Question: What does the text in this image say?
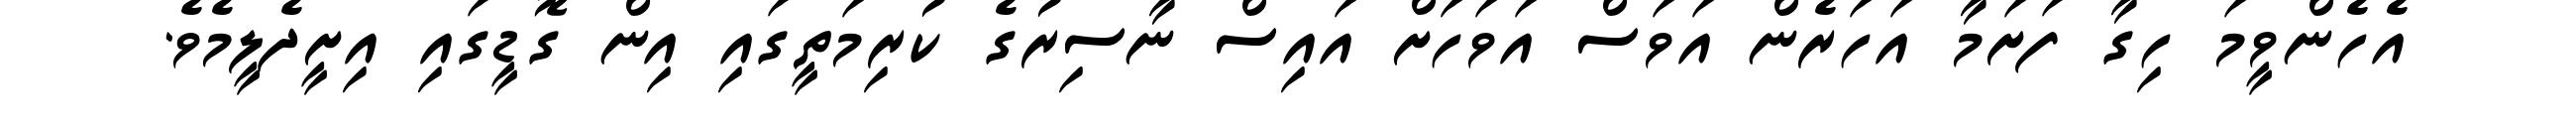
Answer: އެހެންވީމަ ހިގާ ފަށަމާ އަހަރެން އަވަސް އަވަހަށް އައިސް ނާސިރުގެ ކުރިމަތީގައި އިން ގޮޑީގައި އިށީދެލީމެވެ.